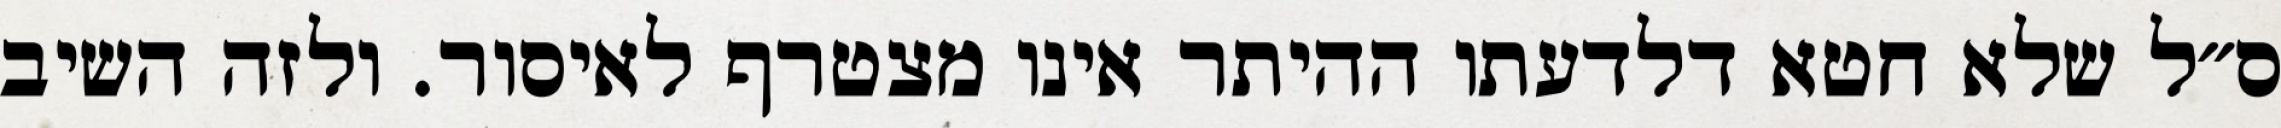
ס״ל שלא חטא דלדעתו ההיתר אינו מצטרף לאיסור. ולזה השיב